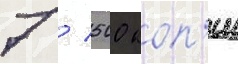
7 / 500 коп'ии